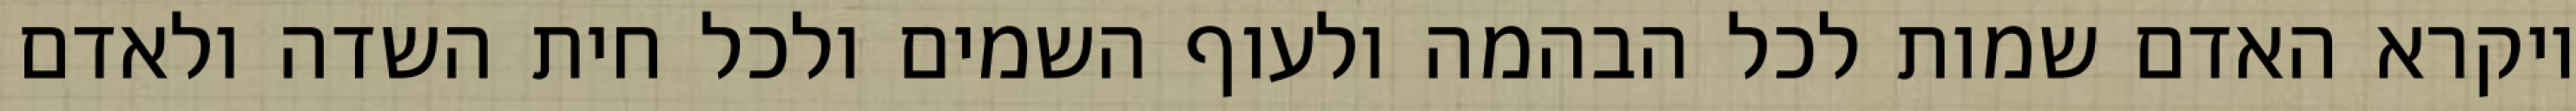
ויקרא האדם שמות לכל הבהמה ולעוף השמים ולכל חית השדה ולאדם